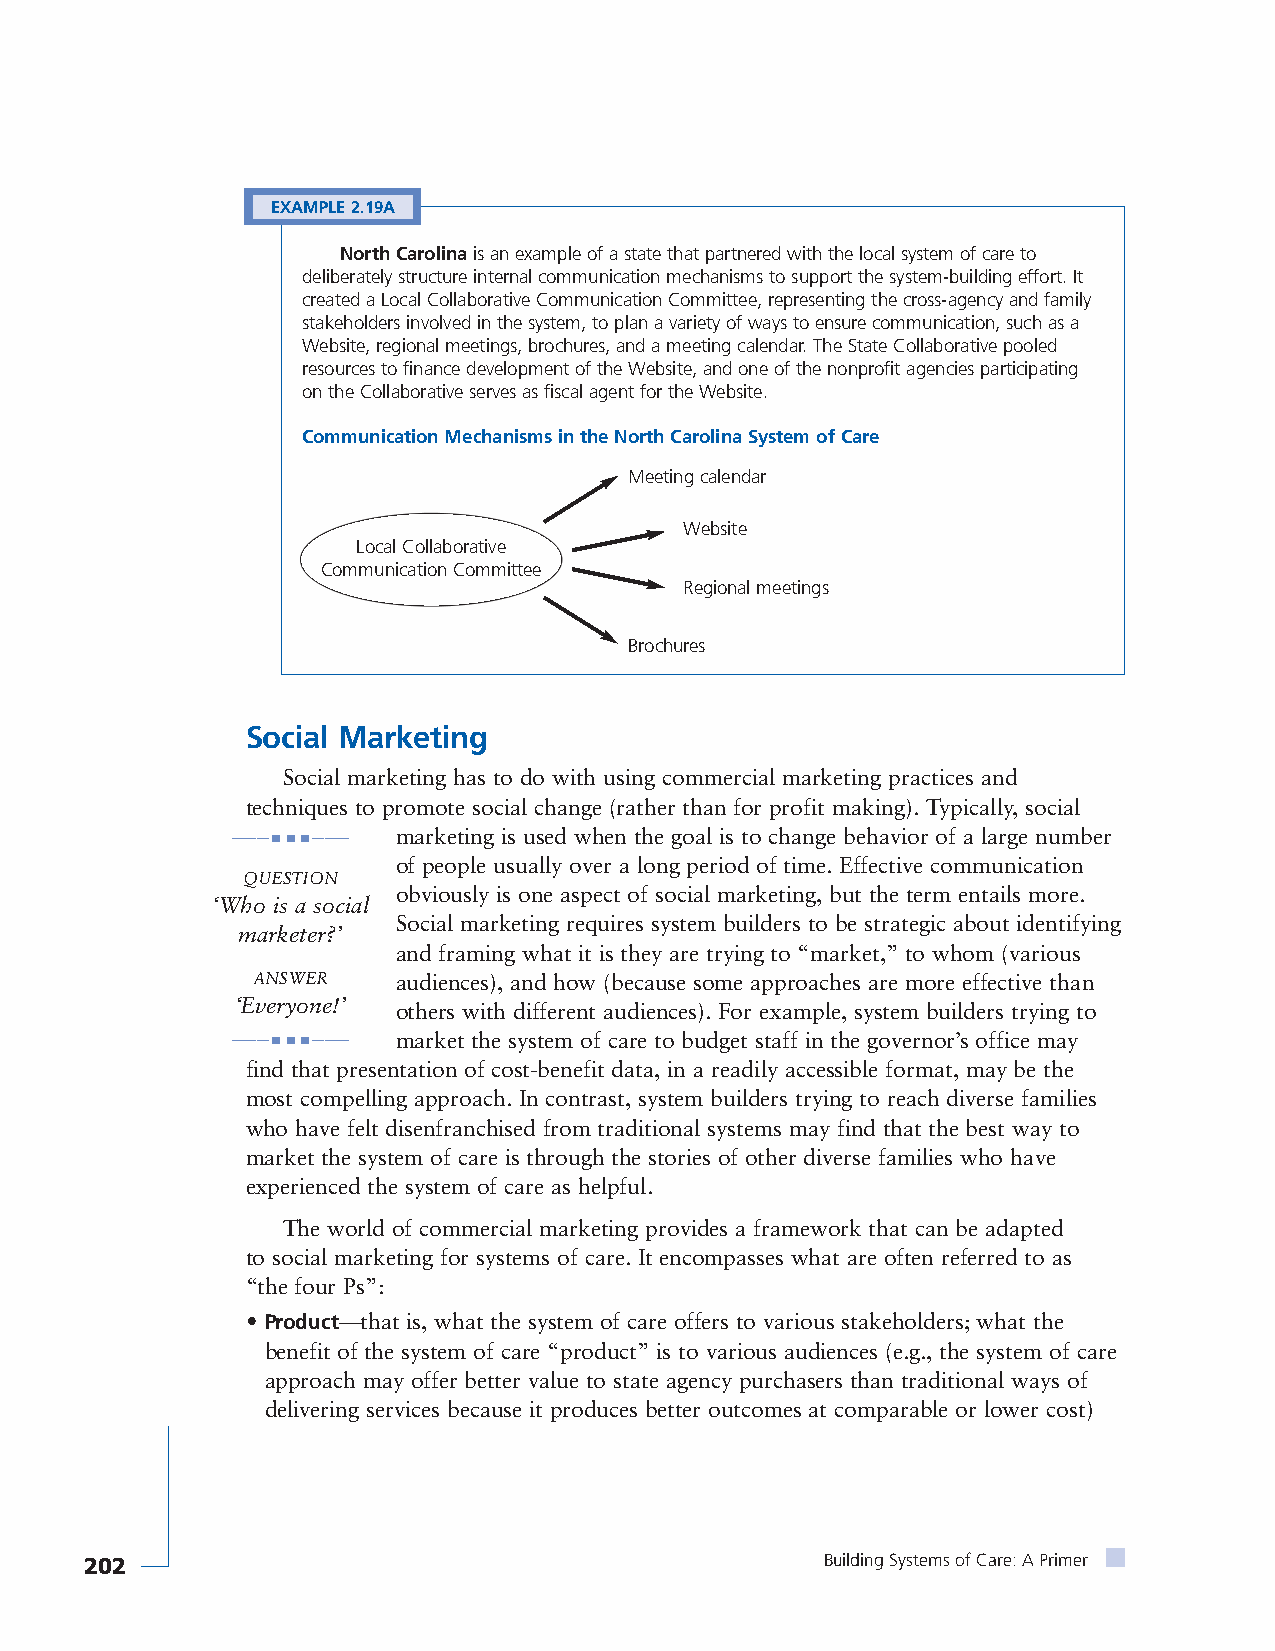
EXAMPLE 2.19A
 North Carolinais an example of a state that partnered with the local system of care to
 deliberately structure internal communication mechanisms to support the system-building effort. It
 created a Local Collaborative Communication Committee, representing the cross-agency and family
 stakeholders involved in the system, to plan a variety of ways to ensure communication, such as a
 Website, regional meetings, brochures, and a meeting calendar. The State Collaborative pooled
 resources to finance development of the Website, and one of the nonprofit agencies participating
 on the Collaborative serves as fiscal agent for the Website.
 Communication Mechanisms in the North Carolina System of Care
 Meeting calendar
 Website
 Local Collaborative
 Communication Committee
 Regional meetings
 Brochures
 Social Marketing
 Social marketing has to do with using commercial marketing practices and
 techniques to promote social change (rather than for profit making). Typically, social
 ———■ ■ ■——— marketing is used when the goal is to change behavior of a large number
 of people usually over a long period of time. Effective communication
 QUESTION
 obviously is one aspect of social marketing, but the term entails more.
 ‘Who is a social
 Social marketing requires system builders to be strategic about identifying
 marketer?’
 and framing what it is they are trying to “market,” to whom (various
 ANSWER   audiences), and how (because some approaches are more effective than
 ‘Everyone!’ others with different audiences). For example, system builders trying to
 ———■ ■ ■——— market the system of care to budget staff in the governor’s office may
 find that presentation of cost-benefit data, in a readily accessible format, may be the
 most compelling approach. In contrast, system builders trying to reach diverse families
 who have felt disenfranchised from traditional systems may find that the best way to
 market the system of care is through the stories of other diverse families who have
 experienced the system of care as helpful.
 The world of commercial marketing provides a framework that can be adapted
 to social marketing for systems of care. It encompasses what are often referred to as
 “the four Ps”:
 • Product—that is, what the system of care offers to various stakeholders; what the
 benefit of the system of care “product” is to various audiences (e.g., the system of care
 approach may offer better value to state agency purchasers than traditional ways of
 delivering services because it produces better outcomes at comparable or lower cost)
 202                                              Building Systems of Care: A Primer